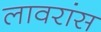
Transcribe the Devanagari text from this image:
लावरांस